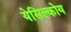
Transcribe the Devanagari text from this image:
येसिल्कोय